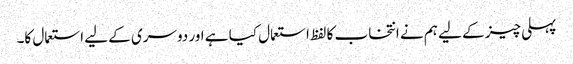
پہلی چیز کے لیے ہم نے انتخاب کا لفظ استعمال کیا ہے اور دوسری کے لیے استعمال کا۔